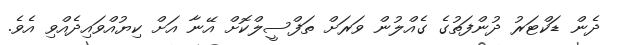
ދެން ޑަކްޓަރު ދުންފަތުގެ ގެއްލުން ވަރަށް ތަފްސީލްކޮށް އޭނާ އަށް ކިޔުއްވައިދެއްވި އެވެ.